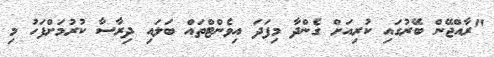
"ރާއްޖޭން ބޭރުގައި ކުރިއަށް ގެންދާ މިފަދަ އިވެންޓްތައް ބަލައި ދިރާސާ ކުރުމަށްފަހު މި